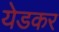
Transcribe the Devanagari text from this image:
येडकर